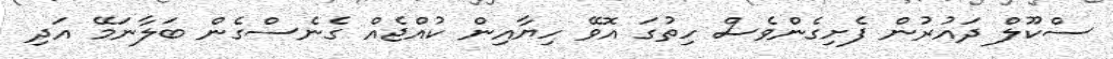
ސްކޫލް ދައުރުން ފެށިގެންވެސް ހިތުގަ އޮވޭ ހިޔާއިން ކުއްޖެއް ގެނެސްގެން ބަލާނަމޭ އަދި